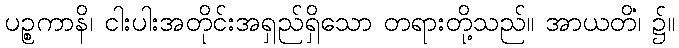
ပဉ္စကာနိ၊ ငါးပါးအတိုင်းအရှည်ရှိသော တရားတို့သည်။ အာယတိံ၊ ၌။